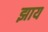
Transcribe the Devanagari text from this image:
झाय